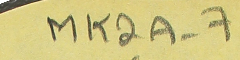
MK2A-76